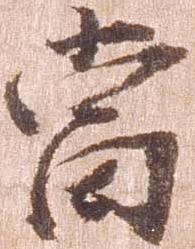
当